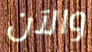
والآن